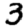
Digit: 3